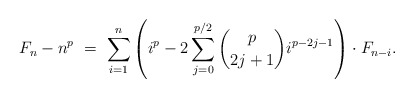
\begin{align*}F_n - n^{p} \ = \ \sum_{i=1}^{n} \left( i^{p} - 2\sum_{j=0}^{p/2} \binom{p}{2j+1} i^{p-2j-1} \right) \cdot F_{n-i}. \end{align*}